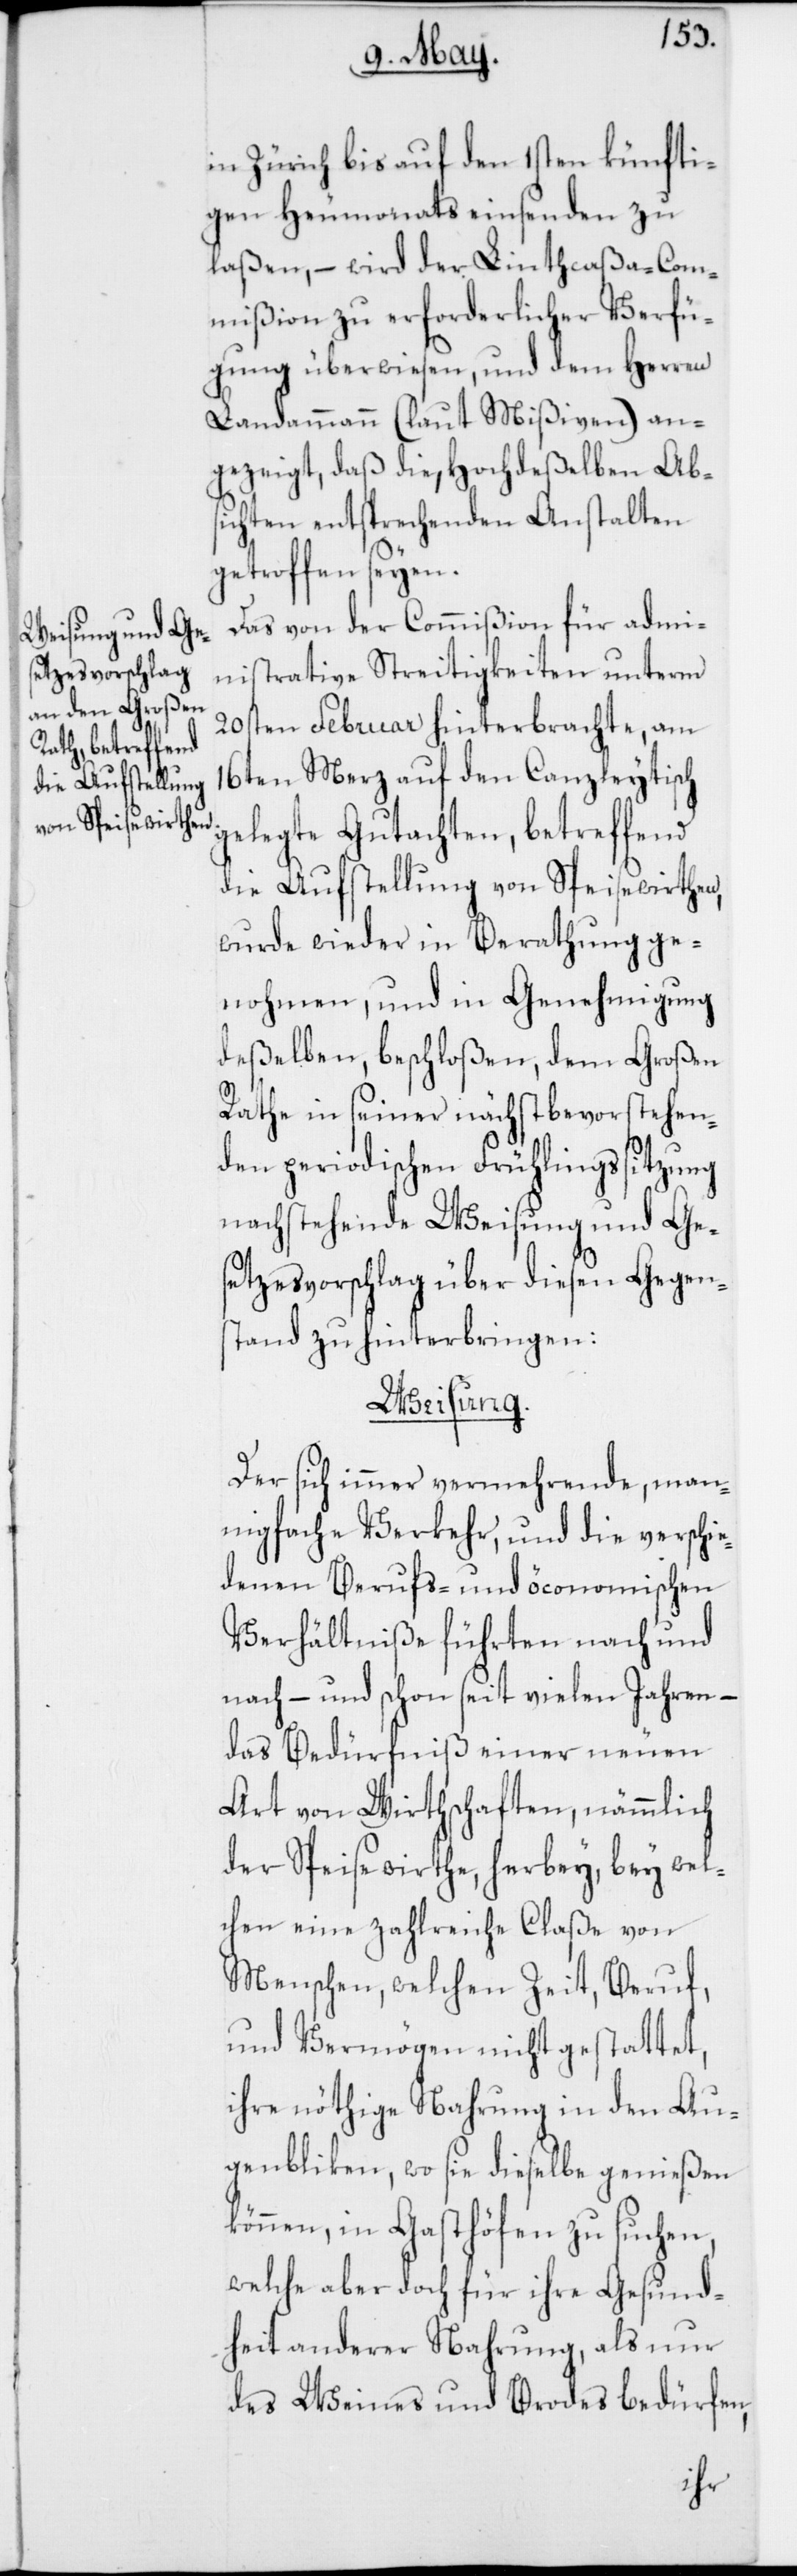
in Zürich bis auf den 1sten künfti¬
gen Heumonats einsenden zu
laßen, – wird der Linthcaßa-Com¬
mißion zu erforderlicher Verfü¬
gung überwiesen, und dem Herren
Landammann (laut Mißiven) an¬
gezeigt, daß die, Hochdeßelben Ab¬
sichten entsprechenden Anstalten
getroffen seyen.
Das von der Commißion für adm¬
inistrative Streitigkeiten unterm
20sten Februar hinterbrachte, am
16ten Merz auf den Canzleytisch
gelegte Gutachten, betreffend
die Aufstellung von Speisewirthen,
wurde wieder in Berathung ge¬
nohmen, und in Genehmigung
deßelben beschloßen, dem Großen
Rathe in seiner nächst bevorstehen¬
den periodischen Frühlingssitzung
nachstehende Weisung und Ge¬
setzesvorschlag über diesen Gegen¬
stand zu hinterbringen:
Weisung.
Der sich immer vermehrende, man¬
nigfache Verkehr, und die verschie¬
denen Berufs- und öconomischen
Verhältniße führten nach und
nach – und schon seit vielen Jahren –
das Bedürfniß einer neuen
Art von Wirthschaften, nämmlich
der Speisewirthe, herbey, bey wel¬
chen eine zahlreiche Claße von
Menschen, welchen Zeit, Beruf
und Vermögen nicht gestattet,
ihre nöthige Nahrung in den Au¬
genbliken, wo sie dieselbe genießen
können, in Gasthöfen zu suchen,
welche aber doch für ihre Gesund¬
heit anderer Nahrung, als nur
des Weines und Brodes bedürfen,